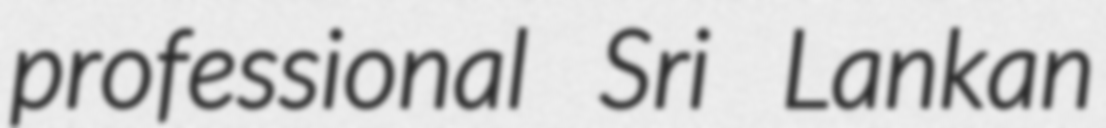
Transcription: professional Sri Lankan